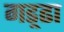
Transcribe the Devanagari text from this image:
गड़्ढा